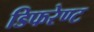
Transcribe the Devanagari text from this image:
डिफरेण्ट